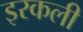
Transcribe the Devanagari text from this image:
इरकली